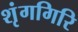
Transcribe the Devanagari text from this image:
शृंगगिरि